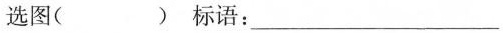
选图( )标语：___